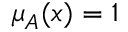
\mu _ { A } ( x ) = 1